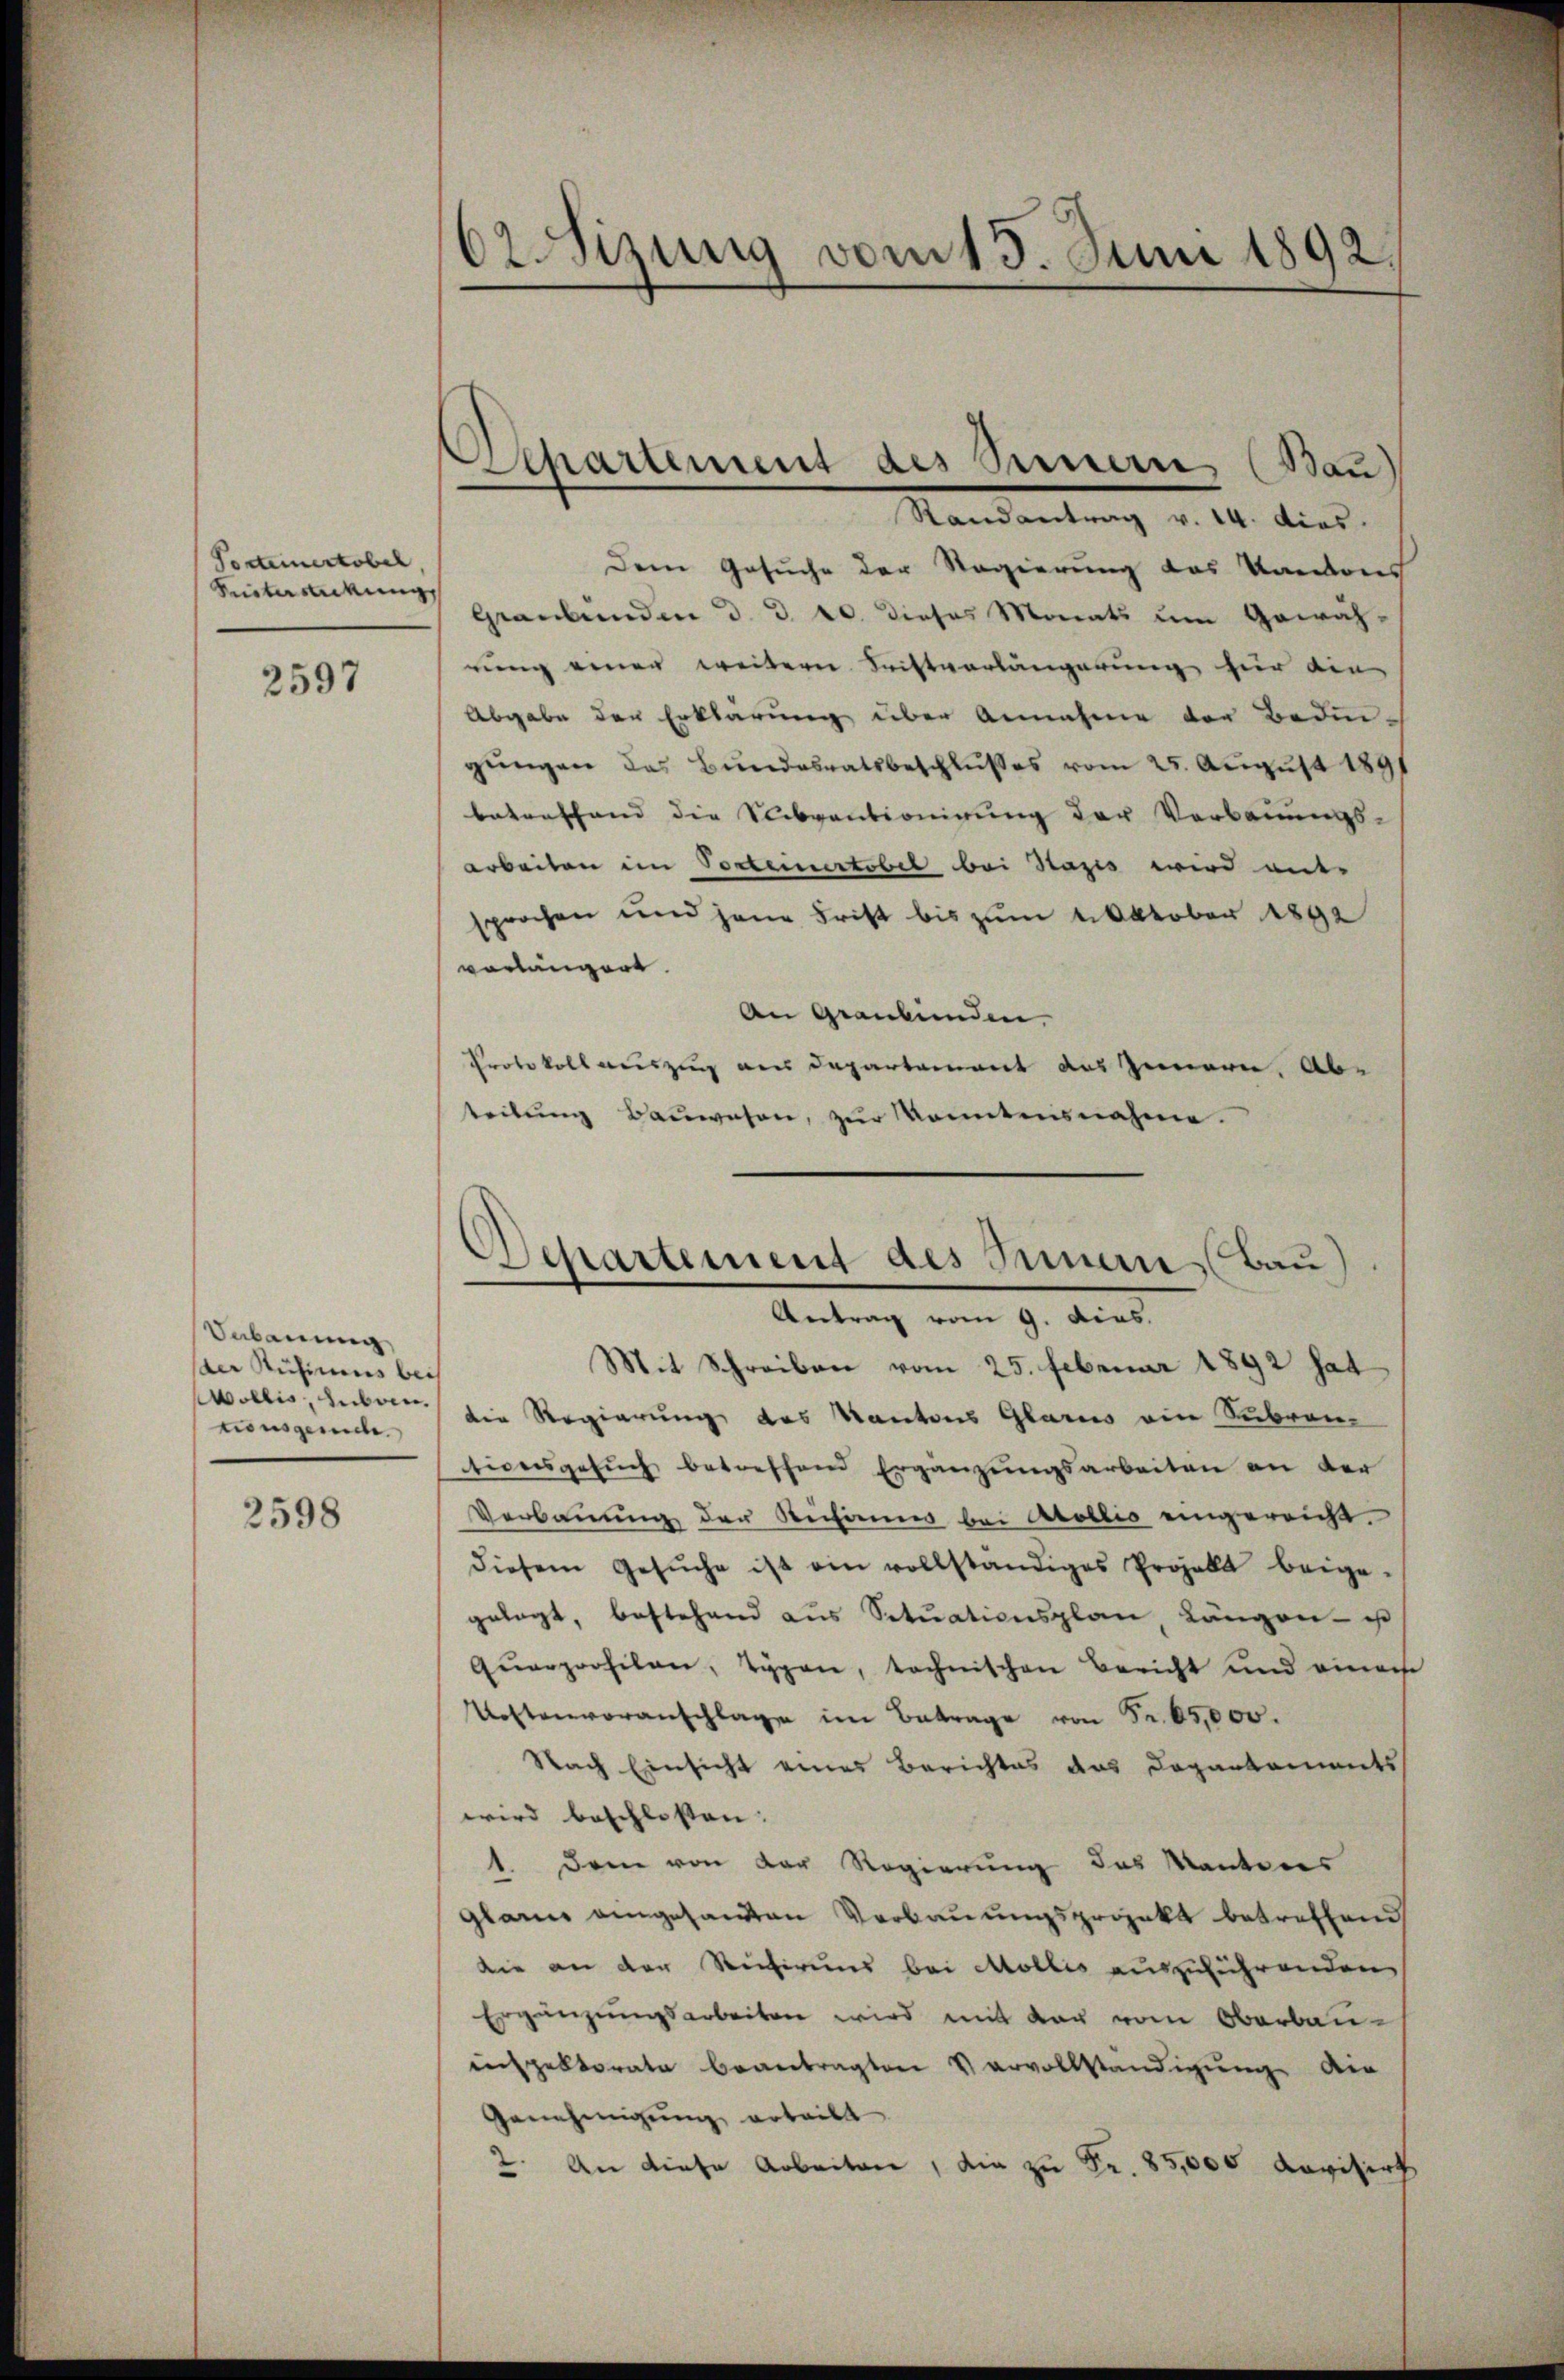
Posteinertobel
Hinterstickung

2597

Sabauung,
der Rütimes bei
Wollis, zubrin
tionsgerich.

2598

62. Sizung vom 15. Juni 1892.

Separtement des Sennern (Bau

Randantrag v. 14. dies.
Dem Gesuche der Regierung des Kantons
Graubünden d. d. 20. dieses Monats um Gewäh-
rung einer weitern Fristvorlängerung für ein
Abgabe der Erklärung über Annahme der Bedin-
gungen das Bundesratsbeschlußes vom 25. August 1891
betreffend die Subventionirung der Verbauungs-
Arbeiten in Portemertobel bei Stazis wird mit
sprochen und jene Frist bis zum 4. Oktober 1890
vorlängert.
An Graubünden.
Protokoll auszug aus Departement das Innern. Ab-
teilŭng Bauwesen, zur konntensnahme.
Antrag vom 9. dies.
Mit Schreiben vom 25. Februar 1892 hat
die Regierung des Kantons Glarus ein Subronz
tionsgesŭch betreffend Ergänzungsarbeiten an der
Verbauung der Rechannes bei Arollis eingereicht.
diesem Gesŭche ist ein vollständiges Projekt beige-
gelegt, bestehend aus Situationsplan Längen - us
Qŭarprofilen, Typen, technischen Bericht und einem
Uestenvoranschlage im Betrage von Fr. 65,000.
Nach Einsicht eines Berichtes des Dogankoments
wird beschlossen:
1. Dem von der Regierung des Kantons
Glarne eingesandten Verbauungsprojekt betreffend
die an der Reichirung bei Mollis auszuführenden
Ergänzungsarbeiten wird mit der vom Oberbau-
inspektorate beantragten Vervollständigung die
Genehmigung erteilt
2. An diese Arbeiten, die zu Fr. 85,000 Revisirt

Departement des Innern, Bau